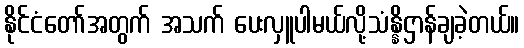
နိုင်ငံတော်အတွက် အသက် ပေးလှူပါမယ်လို့သံန္နိဌာန်ချခဲ့တယ်။